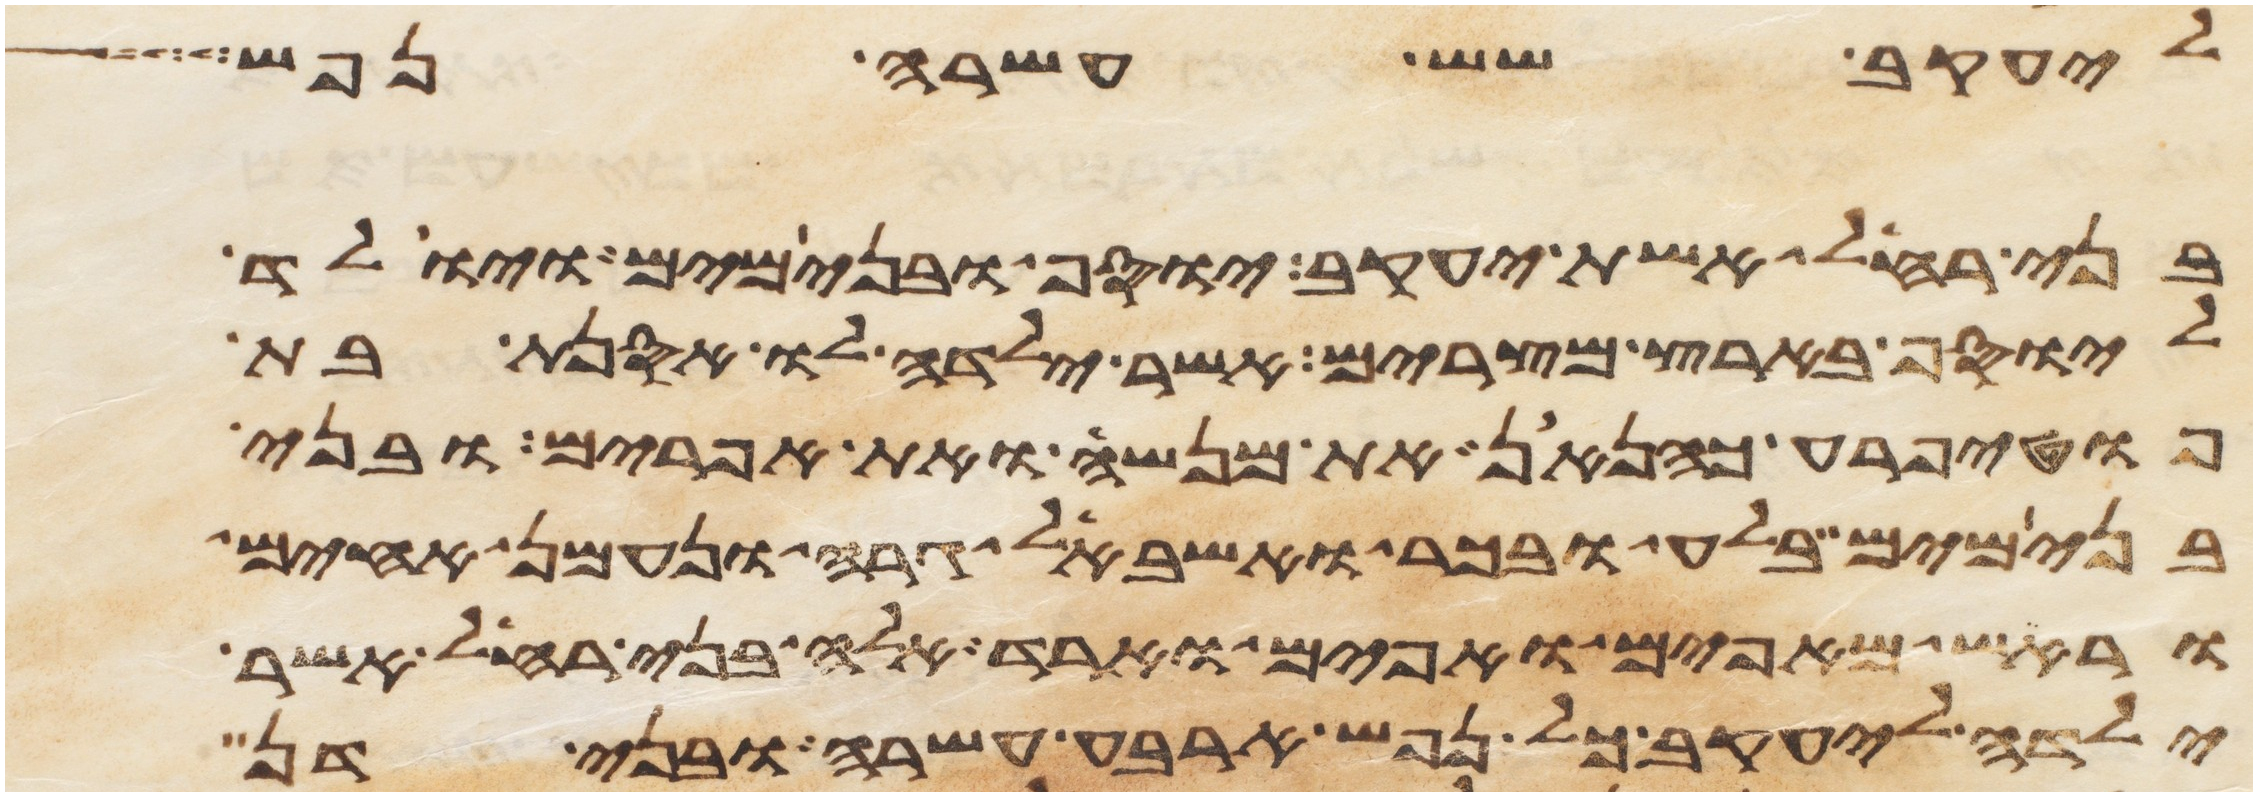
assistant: ליעקב שש עשרה נפש
בני רחל אשת יעקב יוסף ובנימים ויולד
ליוסף בארץ מצרים אשר ילדה לו אסנת בת
פוטיפרע כהנאן את מנשה ואת אפרים ובני
בנימים בלע ובכר ואשבאל גרה ונעמן אחים
וראש מאפים ואפים וארד אלה בני רחל אשר
ילדה ליעקב כל נפש ארבע עשרה ובני דן